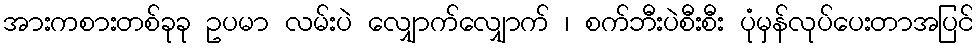
အားကစားတစ်ခုခု ဥပမာ လမ်းပဲ လျှောက်လျှောက် ၊ စက်ဘီးပဲစီးစီး ပုံမှန်လုပ်ပေးတာအပြင်